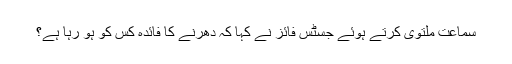
سماعت ملتوی کرتے ہوئے جسٹس فائز نے کہا کہ دھرنے کا فائدہ کس کو ہو رہا ہے؟